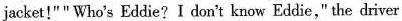
jacket!"" Who's Eddie? I don't know Eddie," the driver